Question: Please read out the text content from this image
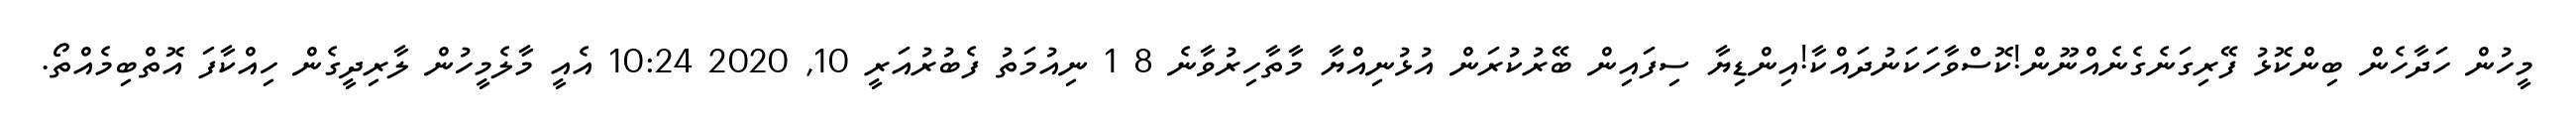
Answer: މީހުން ހަދާހެން ބިންކޮޅު ފޭރިގަނެގެނެއްނޫން!ކޮސްވާހަކަނުދައްކާ!އިންޑިޔާ ސިފައިން ބޭރުކުރަން އުޅުނިއްޔާ މާތާހިރުވާނެ 8 1 ނިއުމަތު ފެބުރުއަރީ 10, 2020 10:24 އެއީ މާލެމީހުން ލާރިދީގެން ހިއްކާފަ އޮތްބިމެއްތޯ.